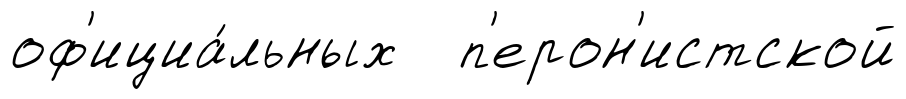
оф'ициа́льных п'ерон'истской